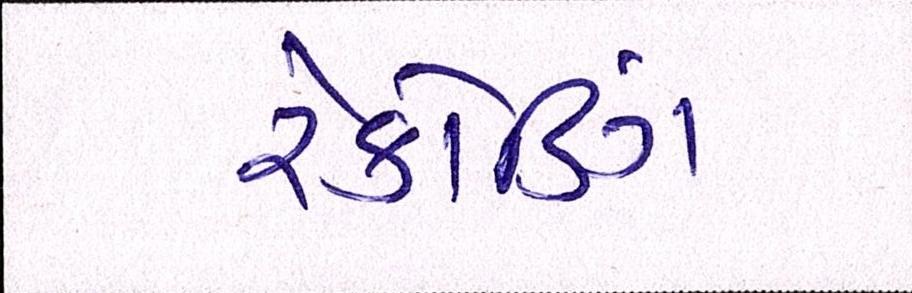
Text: રેકોર્ડિંગ